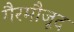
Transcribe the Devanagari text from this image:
गैरमौजूद